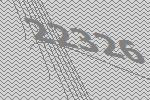
22326